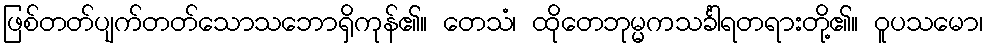
ဖြစ်တတ်ပျက်တတ်သောသဘောရှိကုန်၏။ တေသံ၊ ထိုတေဘုမ္မကသင်္ခါရတရားတို့၏။ ဝူပသမော၊